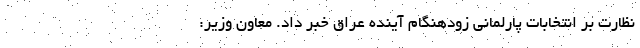
نظارت بر انتخابات پارلمانی زودهنگام آینده عراق خبر داد. معاون وزیر: